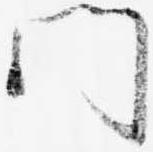
門